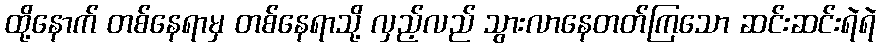
ထို့နောက် တစ်နေရာမှ တစ်နေရာသို့ လှည့်လည် သွားလာနေတတ်ကြသော ဆင်းဆင်းရဲရဲ